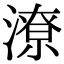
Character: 潦